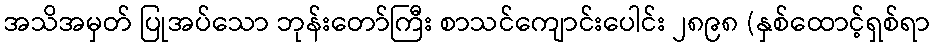
အသိအမှတ် ပြုအပ်သော ဘုန်းတော်ကြီး စာသင်ကျောင်းပေါင်း ၂၈၉၈ (နှစ်ထောင့်ရှစ်ရာ